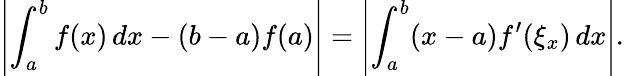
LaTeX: \left|\int_{a}^{b}f(x)\, dx-(b-a)f(a)\right|=\left|\int_{a}^{b}(x-a)f^{\prime}(\xi_{x})\, dx\right|.